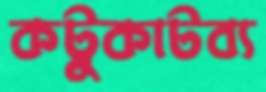
কটুকাটব্য